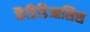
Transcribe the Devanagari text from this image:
कैंडिडिआसिस